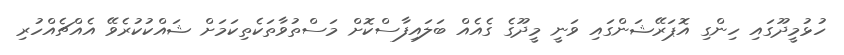
ހުޅުމީދޫގައި ހިންގި އޮޕަރޭޝަންގައި ވަނީ މީދޫގެ ގެއެއް ބަލައިފާސްކޮށް މަސްތުވާތަކެތިކަމަށް ޝައްކުކުރެވޭ އެއްޗެއްހުރި